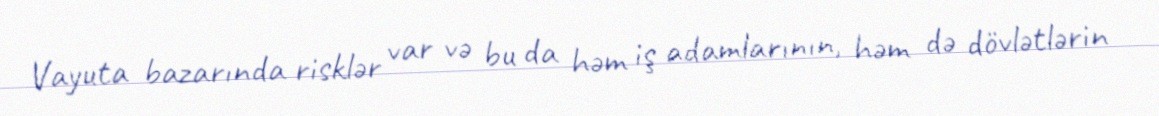
Vayuta bazarında risklər var və bu da həm iş adamlarının, həm də dövlətlərin